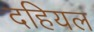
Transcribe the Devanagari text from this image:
दहियल